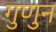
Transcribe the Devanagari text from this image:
गुणुन